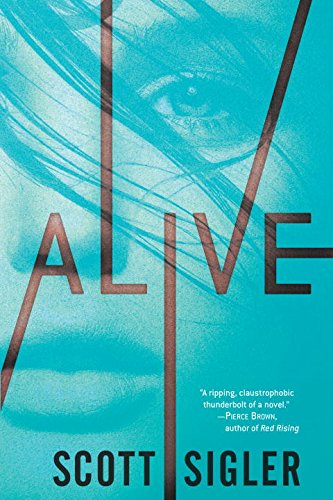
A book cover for Alive: Book One of the Generations Trilogy; Scott Sigler; Science Fiction & Fantasy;